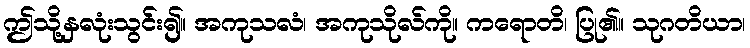
ဤသို့နှလုံးသွင်း၍။ အကုသလံ၊ အကုသိုလ်ကို။ ကရောတိ၊ ပြု၏။ သုဂတိယာ၊